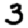
Digit: 3